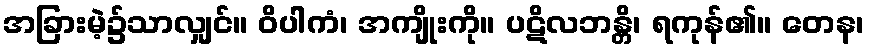
အခြားမဲ့၌သာလျှင်။ ဝိပါကံ၊ အကျိုးကို။ ပဋိလဘန္တိ၊ ရကုန်၏။ တေန၊